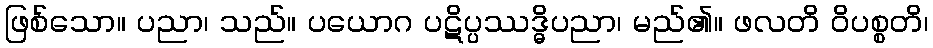
ဖြစ်သော။ ပညာ၊ သည်။ ပယောဂ ပဋိပ္ပဿဒ္ဓိပညာ၊ မည်၏။ ဖလတိ ဝိပစ္စတိ၊